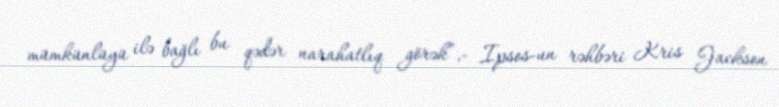
mümkünlüyü ilə bağlı bu qədər narahatlıq görək”,- Ipsos-un rəhbəri Kris Jackson